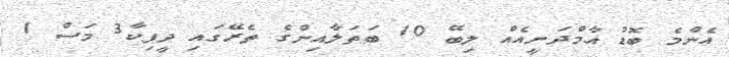
އެންމެ ބޮޑު އާމްދަނީއެއް ލިބޭ 10 ބަތަލާއިންގެ ތެރޭގައި ދީޕިކާ3 މަސް 1